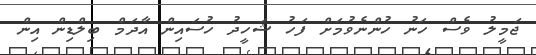
ޖަމީލު ވެސް ހަނު ހުންނެވުމަށް ފަހު ޝަހީދު ހުސައިން އާދަމް ބިލްޑިން އިން